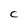
Character: C